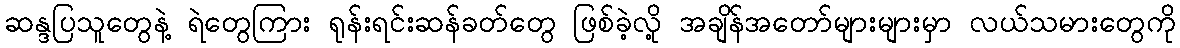
ဆန္ဒပြသူတွေနဲ့ ရဲတွေကြား ရုန်းရင်းဆန်ခတ်တွေ ဖြစ်ခဲ့လို့ အချိန်အတော်များများမှာ လယ်သမားတွေကို